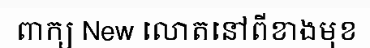
ពាក្យ New លោតនៅពីខាងមុខ